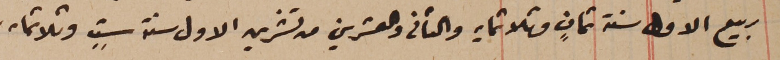
ربيع الاول سنة ثمانٍ وثلاثمايه والثانى والعشرين من تشرين الاول سنة ستٍ وثلاثمايه.